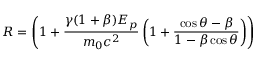
R = \left( 1 + \frac { \gamma ( 1 + \beta ) E _ { p } } { m _ { 0 } c ^ { 2 } } \left( 1 + \frac { \cos \theta - \beta } { 1 - \beta \cos \theta } \right) \right)